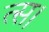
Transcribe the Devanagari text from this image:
त्स।